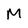
Character: M